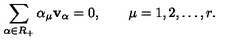
\sum _ { \alpha \in R _ { + } } \alpha _ { \mu } { \bf v } _ { \alpha } = 0 , \qquad \mu = 1 , 2 , \ldots , r .